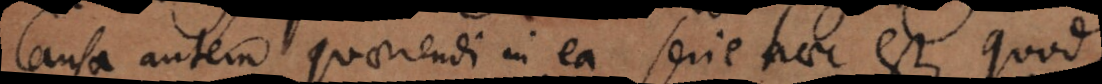
Causa autem quaerendi in ea serie haec est, quod